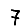
Digit: 7